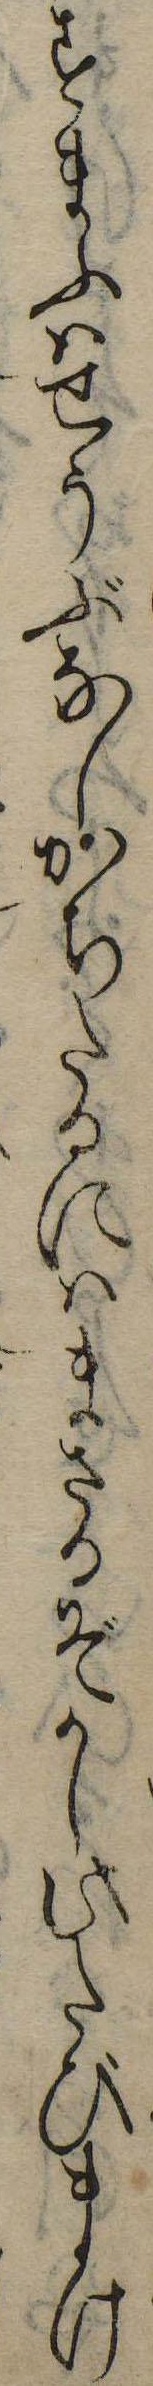
すまふはせうぶなしかちたるにはまさるぞかし此たびまけ